Calcutta medical institutions reports 1871-78
Year: 1871
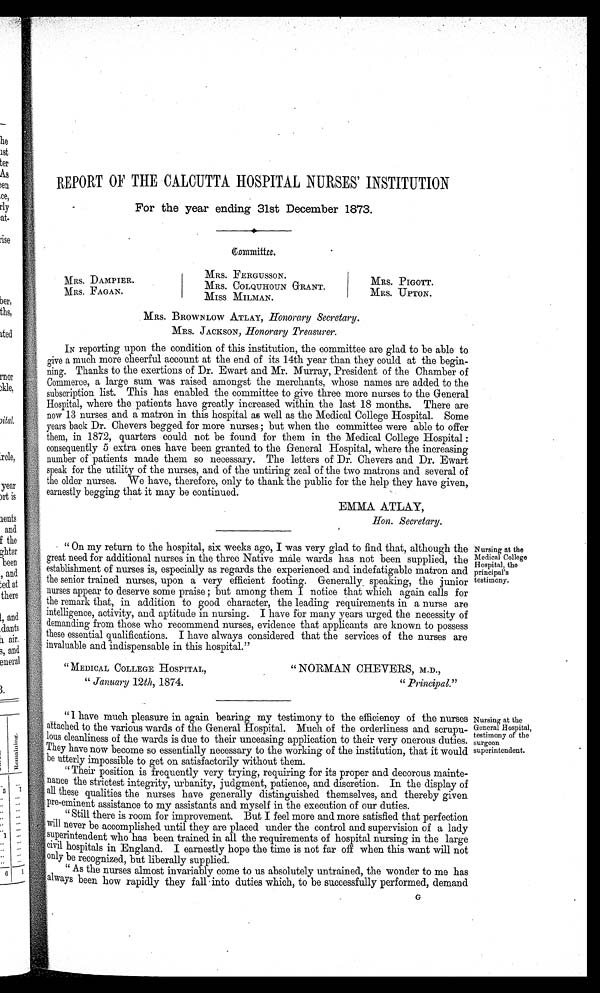
REPORT OF THE CALCUTTA HOSPITAL NURSES' INSTITUTION
For the year ending 31st December 1873.
Committee.
MRS. FERGUSSON.
MRS. DAMPIER.
MRS. COLQUHOUN GRANT.
MRS. PIGOTT.
MRS. FAGAN.
MISS MILMAN.
M R S . U P T O N .
MRS. BROWNLOW ATLAY,
Honorary Secretary.
MRS. JACKSON, Honorary Treasurer.
IN reporting upon the condition of this institution, the committee are glad to be able to
give a much more cheerful account at the end of its 14th year than they could at the begin
ning. Thanks to the exertions of Dr. Ewart and Mr. Murray, President of the Chamber of
Commerce, a large sum was raised amongst the merchants, whose names are added to the
subscription list. This has enabled the committee to give three more nurses to the General
Hospital, where the patients have greatly increased within the last 18 months. There are
now 13 nurses and a matron in this hospital as well as the Medical College Hospital. Some
years back Dr. Chevers begged for more nurses ; but when the committee were able to offer
them, in 1872, quarters could not be found for them in the Medical College Hospital :
consequently 5 extra ones have been granted to the General Hospital, where the increasing
number of patients made them so necessary. The letters of Dr. Chevers and Dr. Ewart
speak for the utility of the nurses, and of the untiring zeal of the two matrons and several of
the older nurses. We have, therefore, only to thank the public for the help they have given,
earnestly begging that it may be continued.
EMMA ATLAY,
"On my return to the hospital, six weeks ago, I was very glad to find that, although the
great need for additional nurses in the three Native male wards has not been supplied, the
establishment of nurses is, especially as regards the experienced and indefatigable matron and
the senior trained nurses, upon a very efficient footing. Generally speaking, the junior
nurses appear to deserve some praise but among them I notice that which again calls for
the remark that, in addition to good character, the leading requirements in a nurse are
intelligence, activity, and aptitude in nursing. I have for many years urged the necessity of
demanding from those who recommend nurses, evidence that applicants are known to possess
these essential qualifications. I have always considered that the services of the nurses are
invaluable and indispensable in this hospital."
" MEDICAL COLLEGE HOSPITAL,
" January 12th, 1874.
" NORMAN CHEVERS, M.D.,
" Principal."
"I have much pleasure in again bearing my testimony to the efficiency of the nurses
attached to the various wards of the General Hospital. Much of the orderliness and scrupu
lous cleanliness of the wards is due to their unceasing application to their very onerous duties.
They have now become so essentially necessary to the working of the institution, that it would
b e u t t e r l y i mp o s s i b l e t o g e t o n s a t i s f a c t o r i l y wi t h o u t t h e m.
" Their position is frequently very trying, requiring for its proper and decorous mainte
nance the strictest integrity, urbanity, judgment, patience, and discretion. In the display of
all these qualities the nurses have generally distinguished themselves, and thereby given
pre-eminent assistance to my assistants and myself in the execution of our duties.
" Still there is room for improvement. But I feel more and more satisfied that perfection
will never be accomplished until they are placed under the control and supervision of a lady
superintendent who has been trained in all the requirements of hospital nursing in the large
civil hospitals in England. I earnestly hope the time is not far off when this want will not
only be recognized, but liberally supplied.
" As the nurses almost invariably come to us absolutely untrained, the wonder to me has
always been how rapidly they fall into duties which, to be successfully performed, demand
Nursing at the
Medical College
Hospital, the
principal's
testimony.
Nursing at the
General Hospital,
testimony of the
surgeon
superintendent.